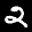
Label: 2